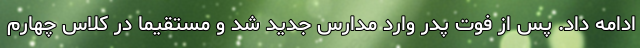
ادامه داد. پس از فوت پدر وارد مدارس جدید شد و مستقیماً در کلاس چهارم